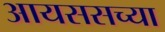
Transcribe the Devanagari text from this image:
आयससच्या